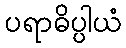
ပရာဓိပ္ပါယံ